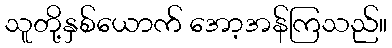
သူတို့နှစ်ယောက် အော့အန်ကြသည်။